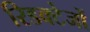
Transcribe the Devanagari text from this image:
रिडक्टेजों